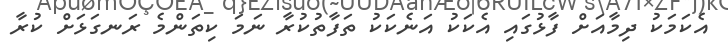
އެކަމަކު ދިމާއަށް ފާޅުގައި އެކަކު އަނެކަކު ތަފާތުކުރާ ނަމަ ކިތަންމެ ރަނގަޅަށް ކުރާ